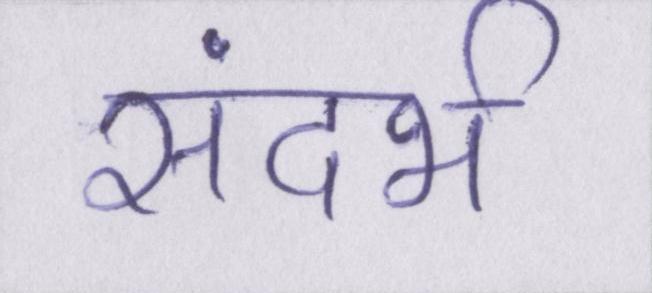
संदर्भ